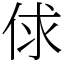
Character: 俅